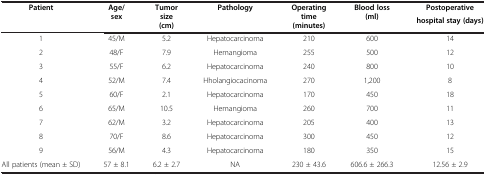
| Patient | Age/sex | Tumor size (cm) | Pathology | Operating time (minutes) | Blood loss (ml) | Postoperativehospital stay (days) |
 | --- | --- | --- | --- | --- | --- | --- |
 | 1 | 45/M | 5.2 | Hepatocarcinoma | 210 | 600 | 14 |
 | 2 | 48/F | 7.9 | Hemangioma | 255 | 500 | 12 |
 | 3 | 55/F | 6.2 | Hepatocarcinoma | 240 | 800 | 10 |
 | 4 | 52/M | 7.4 | Hholangiocacinoma | 270 | 1,200 | 8 |
 | 5 | 60/F | 2.1 | Hepatocarcinoma | 170 | 450 | 18 |
 | 6 | 65/M | 10.5 | Hemangioma | 260 | 700 | 11 |
 | 7 | 62/M | 3.2 | Hepatocarcinoma | 205 | 400 | 13 |
 | 8 | 70/F | 8.6 | Hepatocarcinoma | 300 | 450 | 12 |
 | 9 | 56/M | 4.3 | Hepatocarcinoma | 180 | 350 | 15 |
 | All patients (mean ± SD) | 57 ± 8.1 | 6.2 ± 2.7 | NA | 230 ± 43.6 | 606.6 ± 266.3 | 12.56 ± 2.9 |